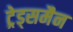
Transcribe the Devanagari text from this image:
ट्रेड्समैन